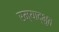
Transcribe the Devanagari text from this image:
रम्याद्भुत